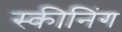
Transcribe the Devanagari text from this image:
स्कीनिंग